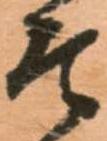
そ